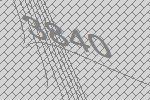
3840